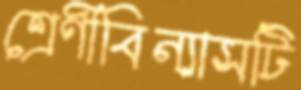
শ্রেণীবিন্যাসটি